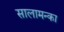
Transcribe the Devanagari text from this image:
सालामन्का